Punjab Mental Hospital Lahore 1932-46 - 1932-1946
Year: 1932
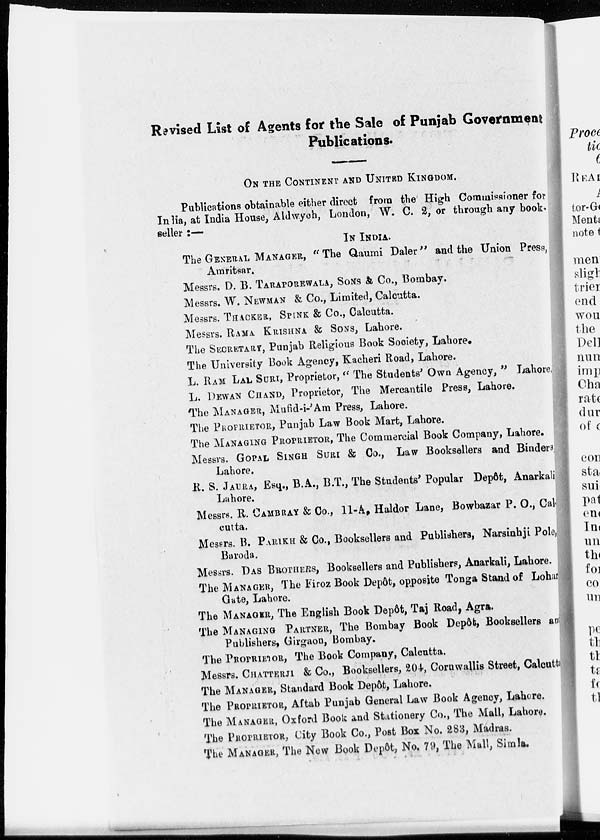
Revised List of Agents for the Sale of Punjab Government
Publications.
ON THE CONTINENT AND UNITED KINGDOM.
Publications obtainable either direct from the High Commissioner for
India, at India House, Aldwych, London, W. C. 2, or through any book-
seller :—
IN INDIA.
The GENERAL MANAGER, " The Qaumi Daler" and the Union Press,
Amritsar.
Messrs. D. B. TARAPOREWALA, SONS & Co., Bombay.
Messrs. W. NEWMAN & Co., Limited, Calcutta.
Messrs. THACKER, SPINK & Co., Calcutta.
Messrs. RAMA KRISHNA & SONS, Lahore.
The SECRETARY, Punjab Religious Book Society, Lahore.
The University Book Agency, Kacheri Road, Lahore.
L. RAM LAL SURI, Proprietor," The Students' Own Agency, " Lahore
L. DEWAN CHAND, Proprietor, The Mercantile Press, Lahore.
The MANAGER, Mufid-i-'Am Press, Lahore.
The PROPRIETOR, Punjab Law Book Mart, Lahore.
The MANAGING PROPRIETOR, The Commercial Book Company, Lahore.
Messrs. GOPAL SINGH SURI & Co., Law Booksellers and Binders
Lahore.
R. S. JAURA, Esq., B.A., B.T., The Students' Popular Depôt, Anarkali
Lahore.
Messrs. R. CAMBRAY & Co., 11-A, Haldor Lane, Bowbazar P. O., Cal
cutta.
Messrs. B. PARIKH & Co., Booksellers and Publishers, Narsinhji Pole
Baroda.
Messrs. DAS BROTHERS, Booksellers and Publishers, Anarkali, Lahore.
The MANAGER, The Firoz Book Depôt, opposite Tonga Stand of Lohar
Gate, Lahore.
The MANAGER, The English Book Depôt, Taj Road, Agra.
The MANAGING PARTNER, The Bombay Book Depôt, Booksellers and
Publishers, Girgaon, Bombay.
The PROPRIETOR, The Book Company, Calcutta.
Messrs. CHATTERJI & Co., Booksellers, 204, Cornwallis Street, Calcutta
The MANAGER, Standard Book Depôt, Lahore.
The PROPRIETOR, Aftab Punjab General Law Book Agency, Lahore.
The MANAGER, Oxford Book and Stationery Co., The Mall, Lahore.
The PROPRIETOR, City Book Co., Post Box No. 283, Madras.
The MANAGER, The New Book Depôt, No. 79, The Mall, Simla.